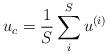
LaTeX: \begin{align*}u_c=\frac 1S\sum\limits_i^Su^{(i)} \end{align*}